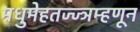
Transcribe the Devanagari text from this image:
मधुमेहतज्ज्ञम्हणून